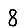
Digit: 8